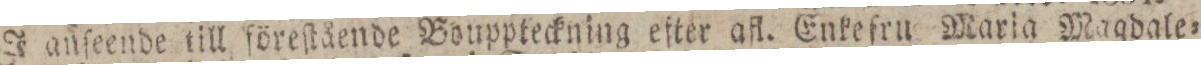
J anſeende till föreſtående Bouppteckning efter afl. Enkefru Maria Magdale=